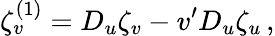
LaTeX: \zeta_{v}^{(1)}=D_{u}\zeta_{v}-v^{\prime}D_{u}\zeta_{u}\, ,